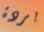
بردة